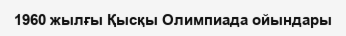
1960 жылғы Қысқы Олимпиада ойындары